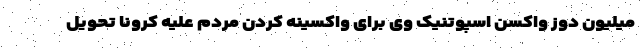
میلیون دوز واکسن اسپوتنیک وی برای واکسینه کردن مردم علیه کرونا تحویل